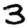
Digit: 3